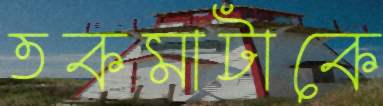
তকমাটাকে